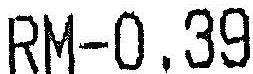
RM-0.39